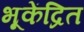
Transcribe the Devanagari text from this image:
भूकेंद्रित